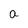
Character: a